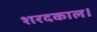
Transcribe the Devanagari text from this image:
शरदकाल।